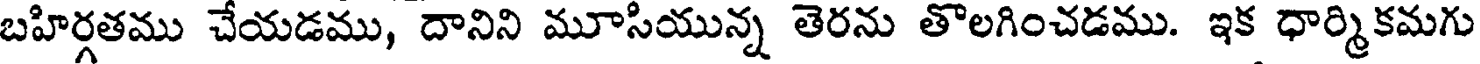
బహిర్గతము చేయడము, దానిని మూసియున్న తెరను తొలగించడము. ఇక ధార్మికమగు